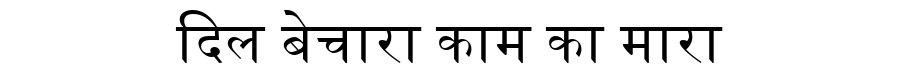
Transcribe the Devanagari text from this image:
दिल बेचारा काम का मारा